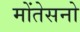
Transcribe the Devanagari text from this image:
मोंतेसनो